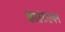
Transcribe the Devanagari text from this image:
काउंटरायन